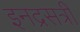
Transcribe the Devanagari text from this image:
इनद्रसत्री